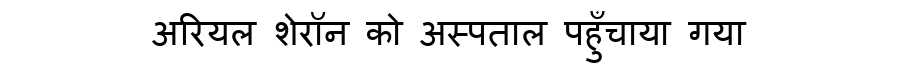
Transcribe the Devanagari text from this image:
अरियल शेरॉन को अस्पताल पहुँचाया गया